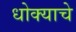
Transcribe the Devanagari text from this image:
धोक्‍याचे